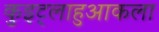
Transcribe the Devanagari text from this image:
कुइट्लाहुआकला